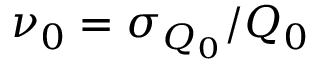
\nu _ { 0 } = \sigma _ { Q _ { 0 } } / Q _ { 0 }